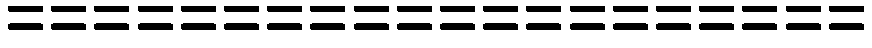
====================